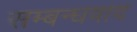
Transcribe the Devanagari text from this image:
सम्बन्धवाद